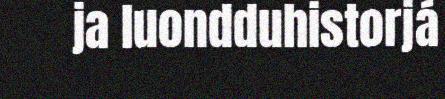
ja luondduhistorjá